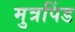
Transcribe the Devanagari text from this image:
मुत्रपिंड